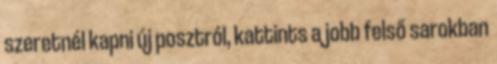
szeretnél kapni új posztról, kattints a jobb felső sarokban